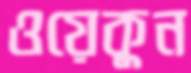
ওয়েকুন